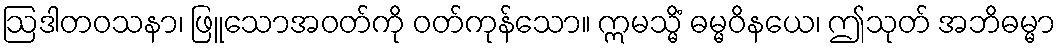
ဩဒါတဝသနာ၊ ဖြူသောအဝတ်ကို ဝတ်ကုန်သော။ ဣမသ္မိံ ဓမ္မဝိနယေ၊ ဤသုတ် အဘိဓမ္မာ